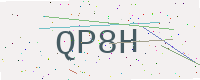
Text: QP8H